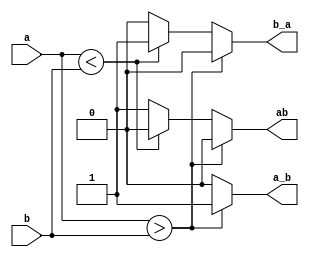
module comp_1bit (input a, b, output reg a_b, ab, b_a);
	/*
	a_b -> a is greater than b
	ab -> a equals b
	b_a -> b is greater than a
	*/
	always@(*) begin
		if(a>b) begin
			a_b = 1;
			ab = 0;
			b_a = 0;
		end
		else if(a<b) begin
			a_b = 0;
			ab = 0;
			b_a = 1;
		end
		else begin
			a_b = 0;
			ab = 1;
			b_a = 0;
		end
	end
endmodule